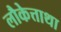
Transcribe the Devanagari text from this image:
लौकेत्ताथा